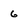
Character: 6